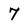
Character: 7